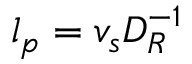
l _ { p } = v _ { s } D _ { R } ^ { - 1 }